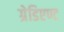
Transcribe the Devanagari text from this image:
ग्रेडिएण्ट